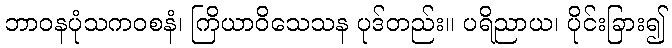
ဘာဝနပုံသကဝစနံ၊ ကြိယာဝိသေသန ပုဒ်တည်း။ ပရိညာယ၊ ပိုင်းခြား၍